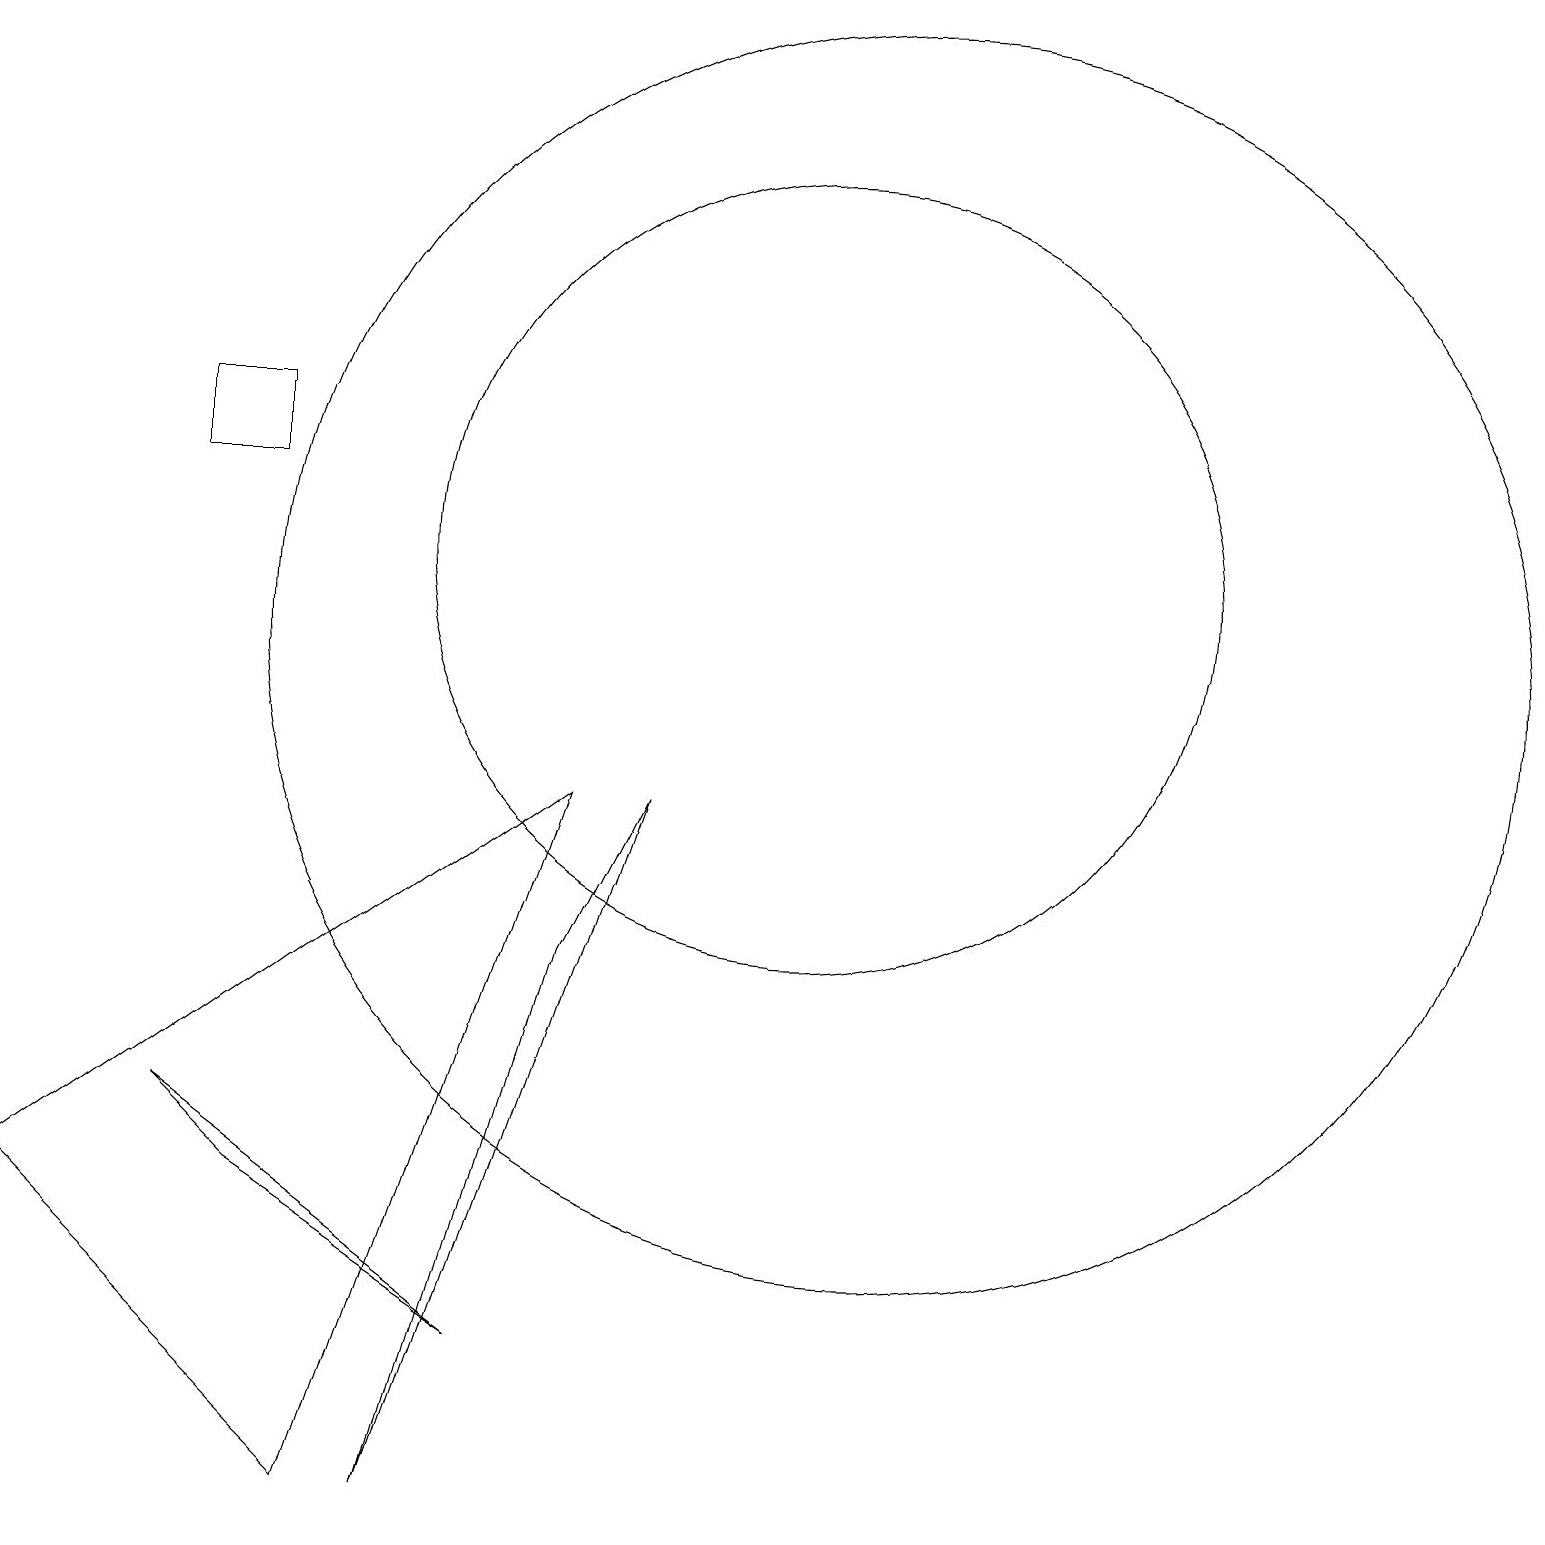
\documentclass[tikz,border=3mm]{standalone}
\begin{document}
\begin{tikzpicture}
\draw (3,14) rectangle (2,13);
\draw (10,12) circle (5);
\draw (11,11) circle (8);
\draw (3,4) -- (2,5) -- (6,2) -- cycle;
\draw (0,4) -- (7,9) -- (4,0) -- cycle;
\draw (7,7) -- (5,0) -- (8,9) -- cycle;
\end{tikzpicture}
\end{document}